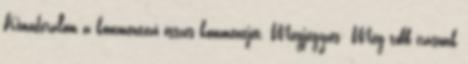
Kimoderálom a kommentező összes kommentjét. Megjegyzés: Még több írásunk